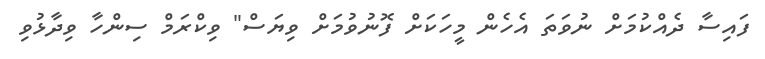
ފައިސާ ދެއްކުމަށް ނުވަތަ އެހެން މީހަކަށް ފޮނުވުމަށް ވިޔަސް" ވިކްރަމް ސިންހާ ވިދާޅުވި